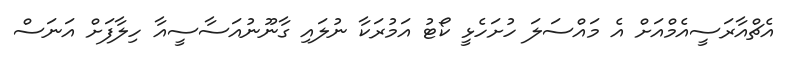
އެޗްއާރަސީއެމްއަށް އެ މައްސަލަ ހުށަހެޅީ ކޯޓު އަމުރަކާ ނުލައި ގާނޫނުއަސާސީއާ ހިލާފަށް އަނަސް